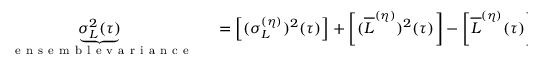
\begin{array} { r l } { \underbrace { \sigma _ { L } ^ { 2 } ( \tau ) } _ { \mathrm { ~ \textrm ~ { ~ e ~ n ~ s ~ e ~ m ~ b ~ l ~ e ~ v ~ a ~ r ~ i ~ a ~ n ~ c ~ e ~ } ~ } } } & { { } = \left[ ( \sigma _ { L } ^ { ( \eta ) } ) ^ { 2 } ( \tau ) \right] + \left[ ( \overline { { L } } ^ { ( \eta ) } ) ^ { 2 } ( \tau ) \right] - \left[ \overline { { L } } ^ { ( \eta ) } ( \tau ) \right] ^ { 2 } } \end{array}